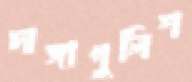
দাঙ্গাপুলিশ